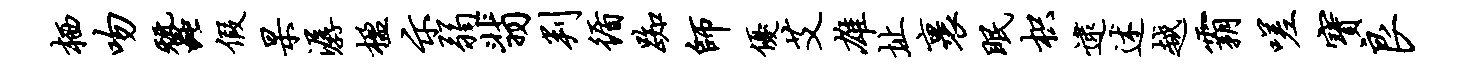
栖吻蚕假杲潺楹示弱翡判循踟师优艾雄址裹眠枳逮述越霸嗟宝良